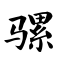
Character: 骡